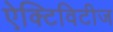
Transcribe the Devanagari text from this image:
ऐक्टिविटीज